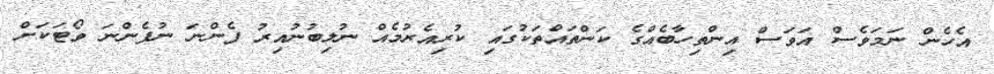
އެހެން ނަމަވެސް އަވަސް އިންތިހާބެއްގެ ކަންތައްތަކުގައި ކުރިއެރުމެއް ނުލިބުނުއިރު ފެންނަ ނުފެންނަ ވޯޓަކަށް